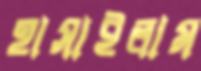
হাসাইলাম